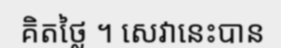
គិតថ្លៃ ។ សេវានេះបាន